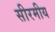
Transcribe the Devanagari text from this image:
सीरमीय